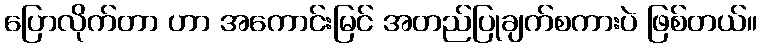
ပြောလိုက်တာ ဟာ အကောင်းမြင် အတည်ပြုချက်စကားပဲ ဖြစ်တယ်။